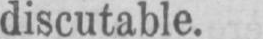
discutable.